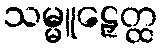
သမ္မူဠှေတ္ထ